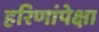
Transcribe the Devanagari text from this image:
हरिणांपेक्षा